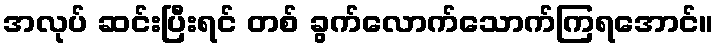
အလုပ် ဆင်းပြီးရင် တစ် ခွက်လောက်သောက်ကြရအောင်။